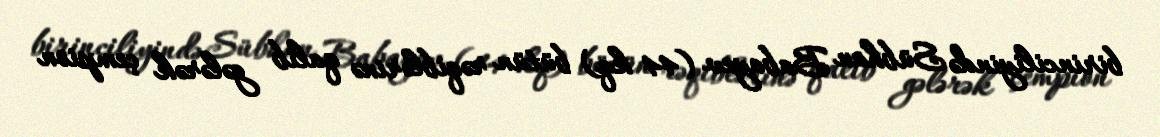
birinciliyində Sübhan Babayev (44 kq) bütün rəqiblərinə qalib gələrək çempion